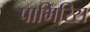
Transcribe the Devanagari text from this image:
पामिरिस